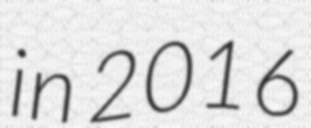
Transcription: in 2016